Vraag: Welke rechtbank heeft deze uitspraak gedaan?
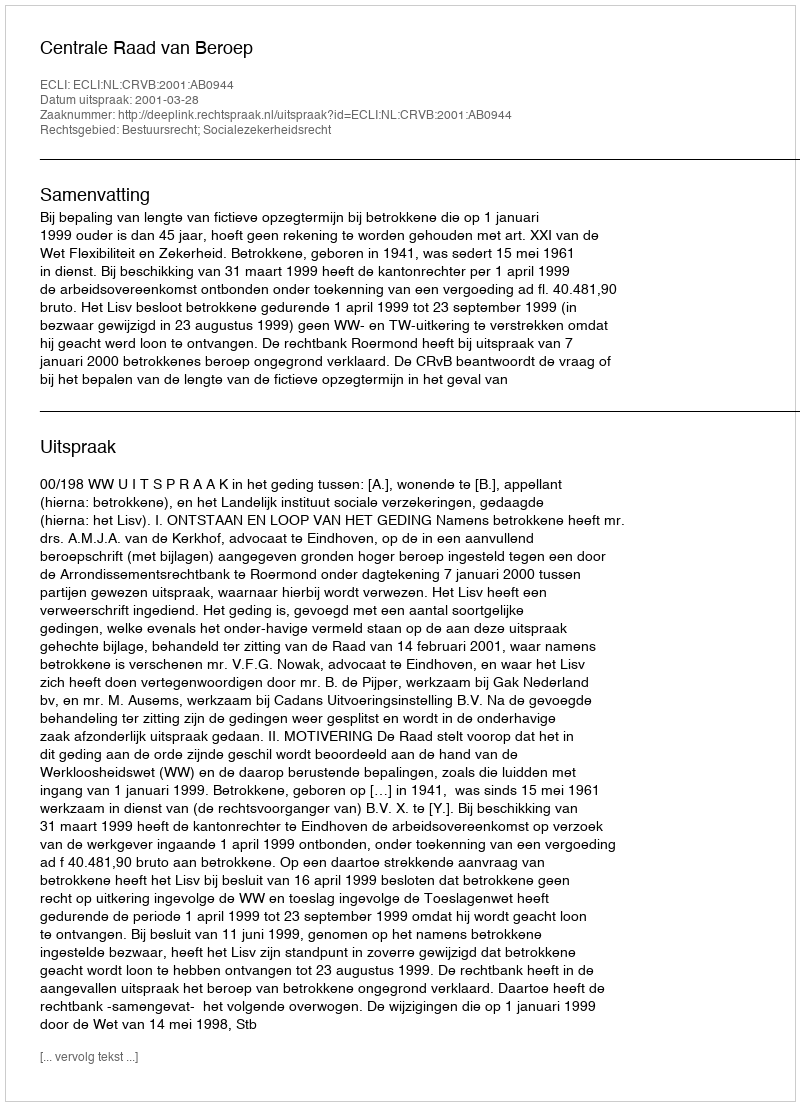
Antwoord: Centrale Raad van Beroep